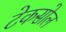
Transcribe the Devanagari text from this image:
टेकसोल